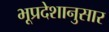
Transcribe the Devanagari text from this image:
भूप्रदेशानुसार